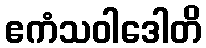
ဧကံသဝါဒေါတိ